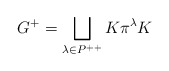
\begin{align*}G^+ = \bigsqcup_{\lambda \in P^{++}} K \pi^\lambda K\end{align*}